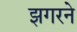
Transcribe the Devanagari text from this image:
झगरने